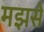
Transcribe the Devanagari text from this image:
मझसे